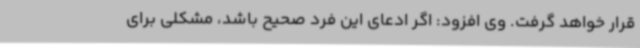
قرار خواهد گرفت. وی افزود: اگر ادعای این فرد صحیح باشد، مشکلی برای